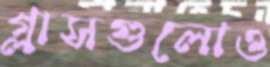
গ্লাসগুলোও